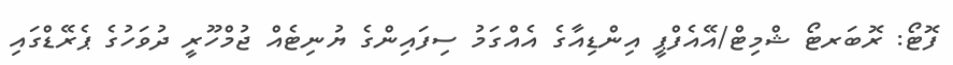
ފޮޓޯ: ރޮބަރޓޯ ޝްމިޓް/އޭއެފްޕީ އިންޑިއާގެ އެއްގަމު ސިފައިންގެ ޔުނިޓެއް ޖުމްހޫރީ ދުވަހުގެ ޕެރޭޑްގައި